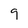
Character: 9